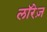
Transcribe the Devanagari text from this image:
लॉरेज़